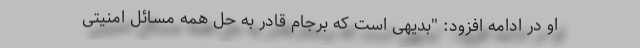
او در ادامه افزود: "بدیهی است که برجام قادر به حل همه مسائل امنیتی